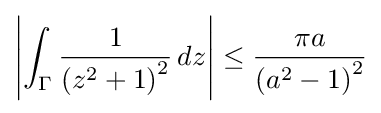
\left|\int _{\Gamma }{\frac {1}{\left(z^{2}+1\right)^{2}}}\,dz\right|\leq {\frac {\pi a}{\left(a^{2}-1\right)^{2}}}